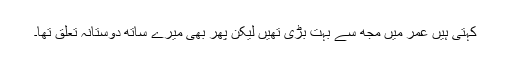
کہتی ہیں عمر میں مجھ سے بہت بڑی تھیں لیکن پھر بھی میرے ساتھ دوستانہ تعلق تھا۔